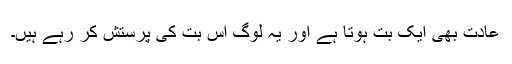
عادت بھی ایک بُت ہوتا ہے اور یہ لوگ اس بُت کی پرستش کر رہے ہیں۔